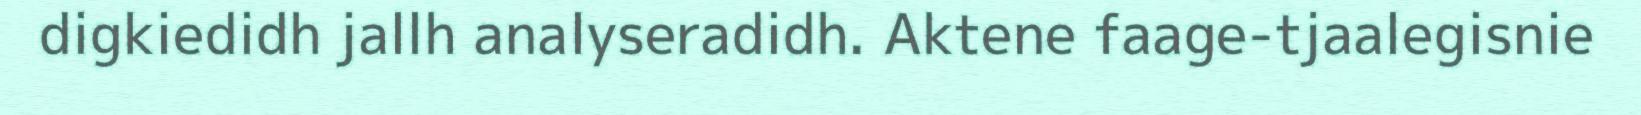
digkiedidh jallh analyseradidh. Aktene faage-tjaalegisnie